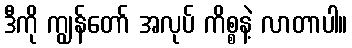
ဒီကို ကျွန်တော် အလုပ် ကိစ္စနဲ့ လာတာပါ။